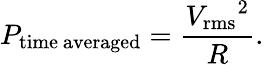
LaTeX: P_{\mathrm{time~averaged}}={\frac{{V_{\mathrm{rms}}}^{2}}{R}}.